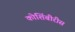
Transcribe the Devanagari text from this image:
कोशिंबीरीस